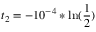
t _ { 2 } = - 1 0 ^ { - 4 } * \ln ( \frac { 1 } { 2 } )